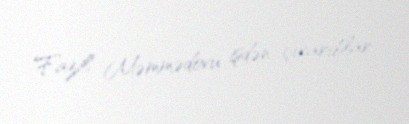
Fazil Məmmədovu işdən çıxarıblar.